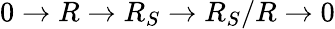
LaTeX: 0\to R\to R_{S}\to R_{S}/R\to 0